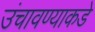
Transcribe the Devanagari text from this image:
उंचावण्याकडे